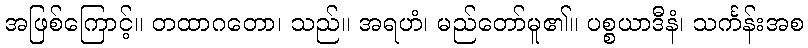
အဖြစ်ကြောင့်။ တထာဂတော၊ သည်။ အရဟံ၊ မည်တော်မူ၏။ ပစ္စယာဒီနံ၊ သင်္ကန်းအစ